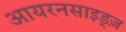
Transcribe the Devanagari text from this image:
आयरनसाइड्ज़